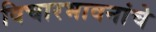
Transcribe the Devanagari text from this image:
विचारभावनांचे